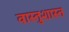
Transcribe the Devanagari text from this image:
वास्तुशास्त